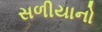
સળીયાનો